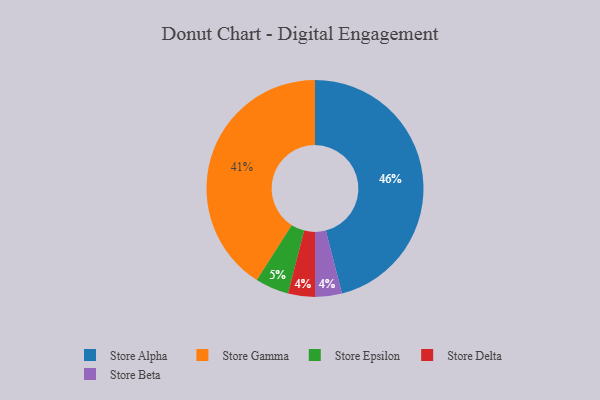
{"axis": {"x": "Category", "y": "Percentage"}, "legend": ["Store Alpha", "Store Beta", "Store Delta", "Store Epsilon", "Store Gamma"], "data": [{"x": "Store Delta", "y": 4, "type": "Store Delta"}, {"x": "Store Beta", "y": 4, "type": "Store Beta"}, {"x": "Store Epsilon", "y": 5, "type": "Store Epsilon"}, {"x": "Store Gamma", "y": 41, "type": "Store Gamma"}, {"x": "Store Alpha", "y": 46, "type": "Store Alpha"}]}